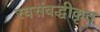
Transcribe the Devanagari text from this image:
स्वसंबद्धीकृत